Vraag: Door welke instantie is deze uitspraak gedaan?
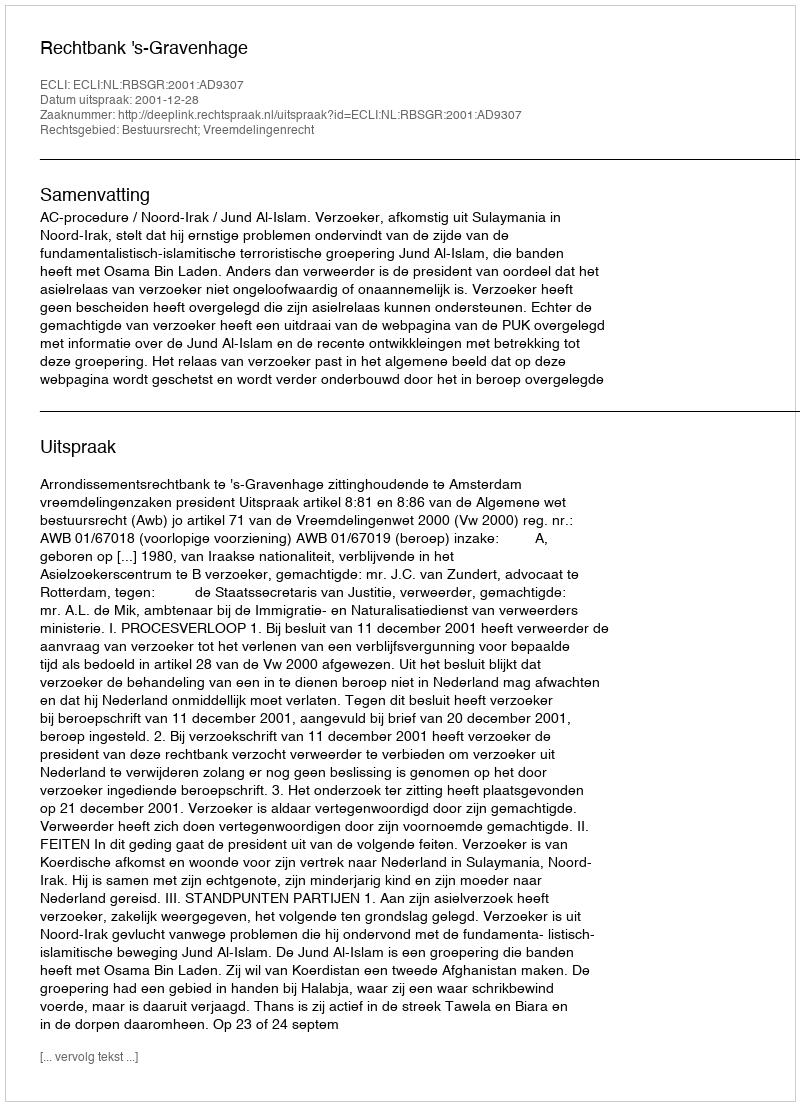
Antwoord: Rechtbank 's-Gravenhage